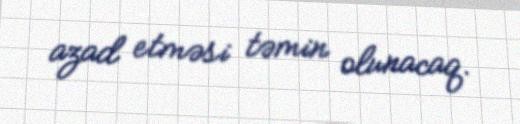
azad etməsi təmin olunacaq.